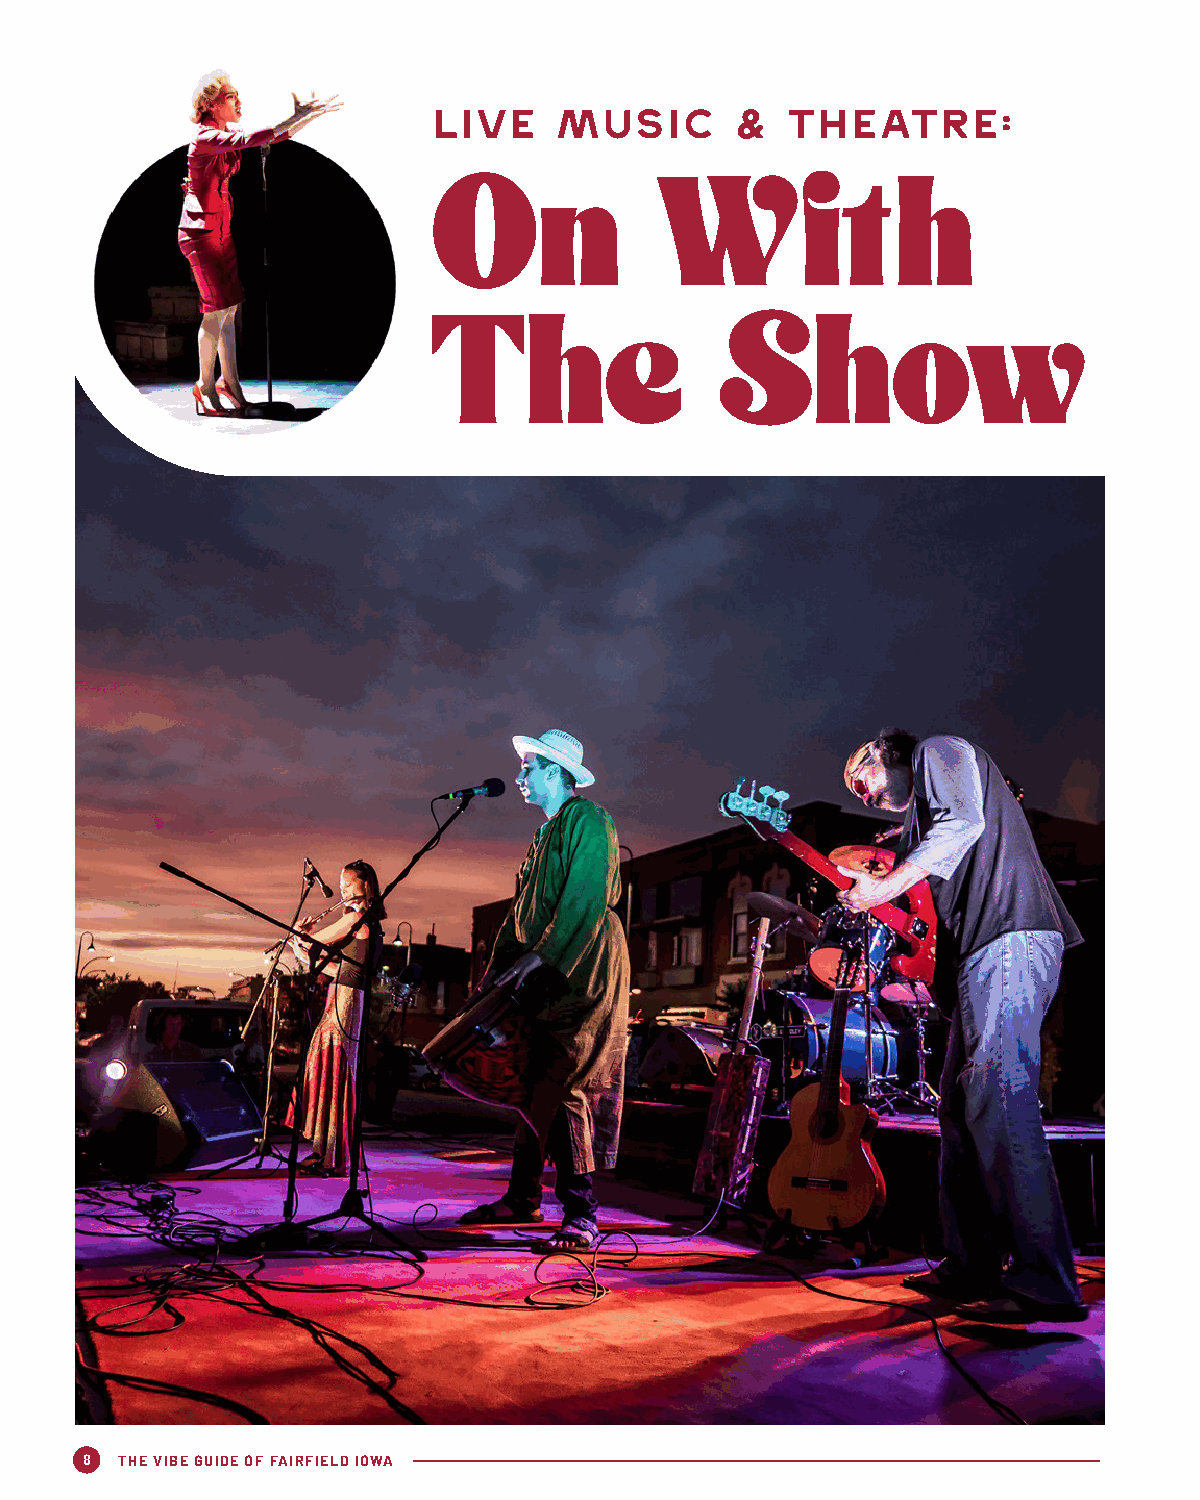
Live    Music       &  Theatre:
 On             With
 The                Show
 8  THE VIBE GUIDE OF FAIRFIELD IOWA